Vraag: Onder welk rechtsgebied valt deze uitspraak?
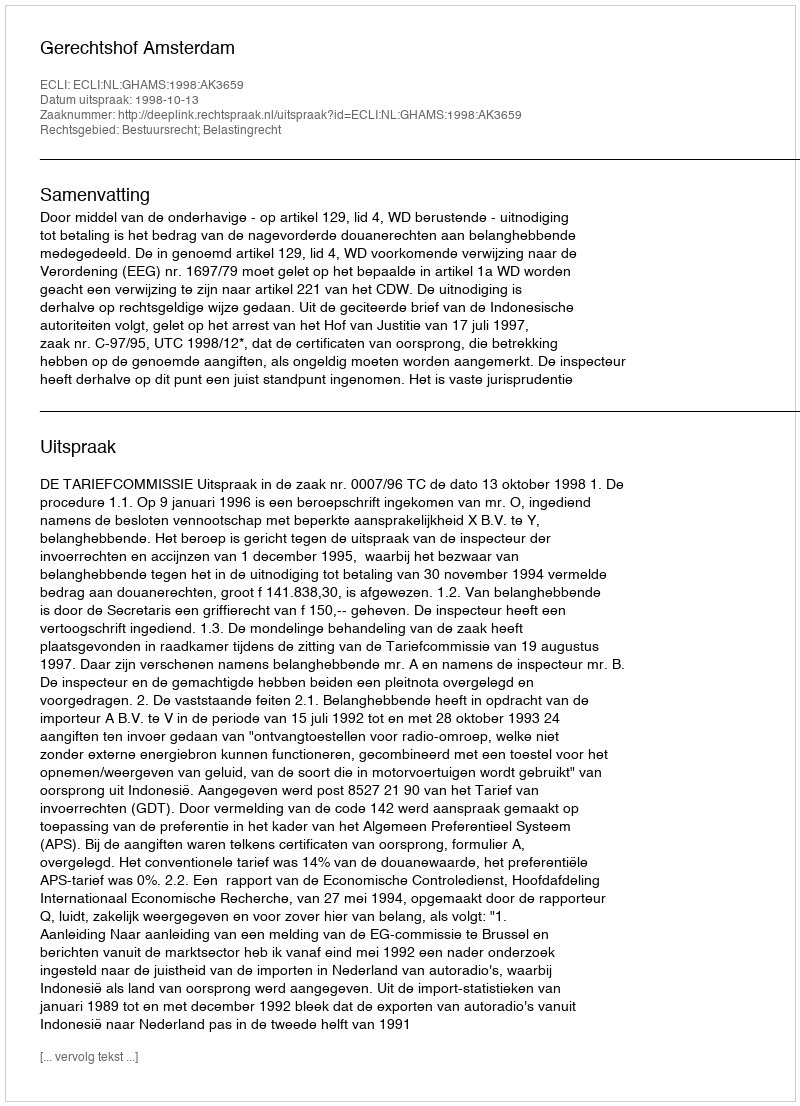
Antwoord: Bestuursrecht; Belastingrecht